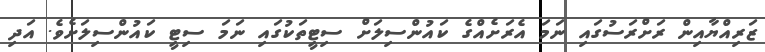
ޒަރިއްޔާއިން ރަށްރަސުގައި ނަމަ އެރަށެއްގެ ކައުންސިލަށް ސިޓީތަކުގައި ނަމަ ސިޓީ ކައުންސިލަށެވެ. އަދި